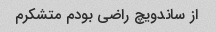
از ساندویچ راضی بودم متشکرم